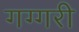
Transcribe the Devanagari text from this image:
गग्गरी